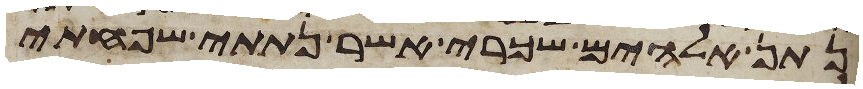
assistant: נתן אלהים שכרי אשר נתתי שפחתי